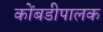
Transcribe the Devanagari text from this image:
कोंबडीपालक